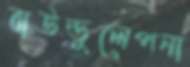
বাউন্ডুলেপনা